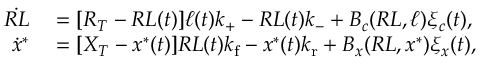
\begin{array} { r l } { \dot { R L } } & { { } = [ R _ { T } - R L ( t ) ] \ell ( t ) k _ { + } - R L ( t ) k _ { - } + B _ { c } ( R L , \ell ) \xi _ { c } ( t ) , } \\ { \dot { x } ^ { * } } & { { } = [ X _ { T } - x ^ { * } ( t ) ] R L ( t ) { k _ { \mathrm { f } } } - x ^ { * } ( t ) { k _ { \mathrm { r } } } + B _ { x } ( R L , x ^ { \ast } ) \xi _ { x } ( t ) , } \end{array}